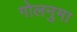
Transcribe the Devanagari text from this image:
गोलनुमा